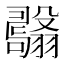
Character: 𦒫